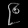
Digit: ၉